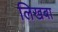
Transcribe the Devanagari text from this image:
लिखबा